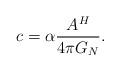
LaTeX: \begin{align*}c=\alpha \frac{A^H}{ 4\pi G_N}.\end{align*}